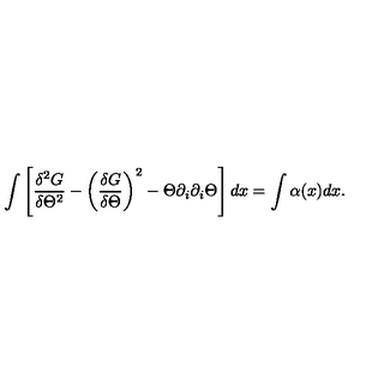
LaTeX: \int \left[ { \frac { \delta ^ { 2 } G } { \delta \Theta ^ { 2 } } } - \left( { \frac { \delta G } { \delta \Theta } } \right) ^ { 2 } - \Theta \partial _ { i } \partial _ { i } \Theta \right] d x = \int \alpha ( x ) d x .